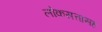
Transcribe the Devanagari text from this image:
लोकसत्तासह